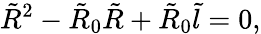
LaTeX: \tilde{R}^{2}-\tilde{R}_{0}\tilde{R}+\tilde{R}_{0}\tilde{l}=0,